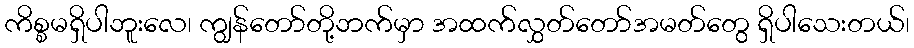
ကိစ္စမရှိပါဘူးလေ၊ ကျွန်တော်တို့ဘက်မှာ အထက်လွှတ်တော်အမတ်တွေ ရှိပါသေးတယ်၊